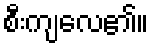
စီးကျလေ၏။